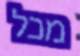
מכל